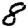
Digit: 8